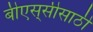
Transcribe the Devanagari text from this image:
बीएस्‌सीसाठी